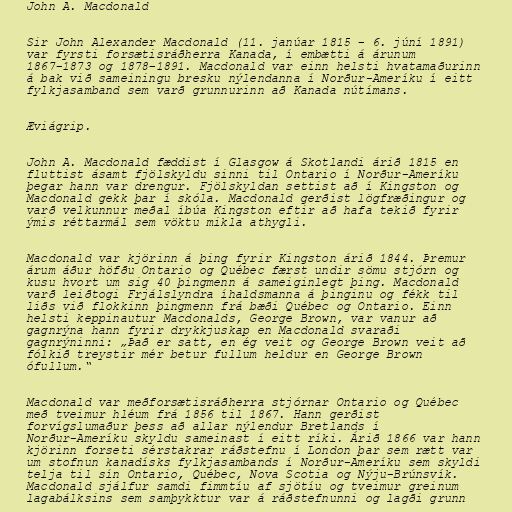
John A. Macdonald

Sir John Alexander Macdonald (11. janúar 1815 – 6. júní 1891)
var fyrsti forsætisráðherra Kanada, í embætti á árunum
1867–1873 og 1878–1891. Macdonald var einn helsti hvatamaðurinn
á bak við sameiningu bresku nýlendanna í Norður-Ameríku í eitt
fylkjasamband sem varð grunnurinn að Kanada nútímans.

Æviágrip.

John A. Macdonald fæddist í Glasgow á Skotlandi árið 1815 en
fluttist ásamt fjölskyldu sinni til Ontario í Norður-Ameríku
þegar hann var drengur. Fjölskyldan settist að í Kingston og
Macdonald gekk þar í skóla. Macdonald gerðist lögfræðingur og
varð velkunnur meðal íbúa Kingston eftir að hafa tekið fyrir
ýmis réttarmál sem vöktu mikla athygli.

Macdonald var kjörinn á þing fyrir Kingston árið 1844. Þremur
árum áður höfðu Ontario og Québec færst undir sömu stjórn og
kusu hvort um sig 40 þingmenn á sameiginlegt þing. Macdonald
varð leiðtogi Frjálslyndra íhaldsmanna á þinginu og fékk til
liðs við flokkinn þingmenn frá bæði Québec og Ontario. Einn
helsti keppinautur Macdonalds, George Brown, var vanur að
gagnrýna hann fyrir drykkjuskap en Macdonald svaraði
gagnrýninni: „Það er satt, en ég veit og George Brown veit að
fólkið treystir mér betur fullum heldur en George Brown
ófullum.“

Macdonald var meðforsætisráðherra stjórnar Ontario og Québec
með tveimur hléum frá 1856 til 1867. Hann gerðist
forvígslumaður þess að allar nýlendur Bretlands í
Norður-Ameríku skyldu sameinast í eitt ríki. Árið 1866 var hann
kjörinn forseti sérstakrar ráðstefnu í London þar sem rætt var
um stofnun kanadísks fylkjasambands í Norður-Ameríku sem skyldi
telja til sín Ontario, Québec, Nova Scotia og Nýju-Brúnsvík.
Macdonald sjálfur samdi fimmtíu af sjötíu og tveimur greinum
lagabálksins sem samþykktur var á ráðstefnunni og lagði grunn